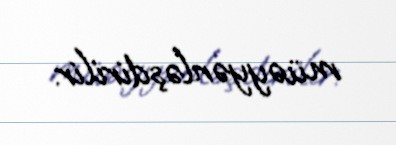
müəyyənləşdirilir.